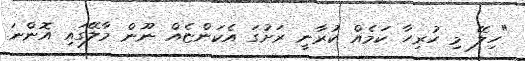
"ހިލޭ މި ހުރިހާ ކަމެއް ކުރާނީ ރަށުގަ އެކަންޏެއް ނޫން މާލޭގައި އޮންނަ